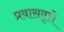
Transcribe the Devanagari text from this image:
प्रवासवृत्ते